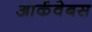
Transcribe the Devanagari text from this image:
आर्कवेबस